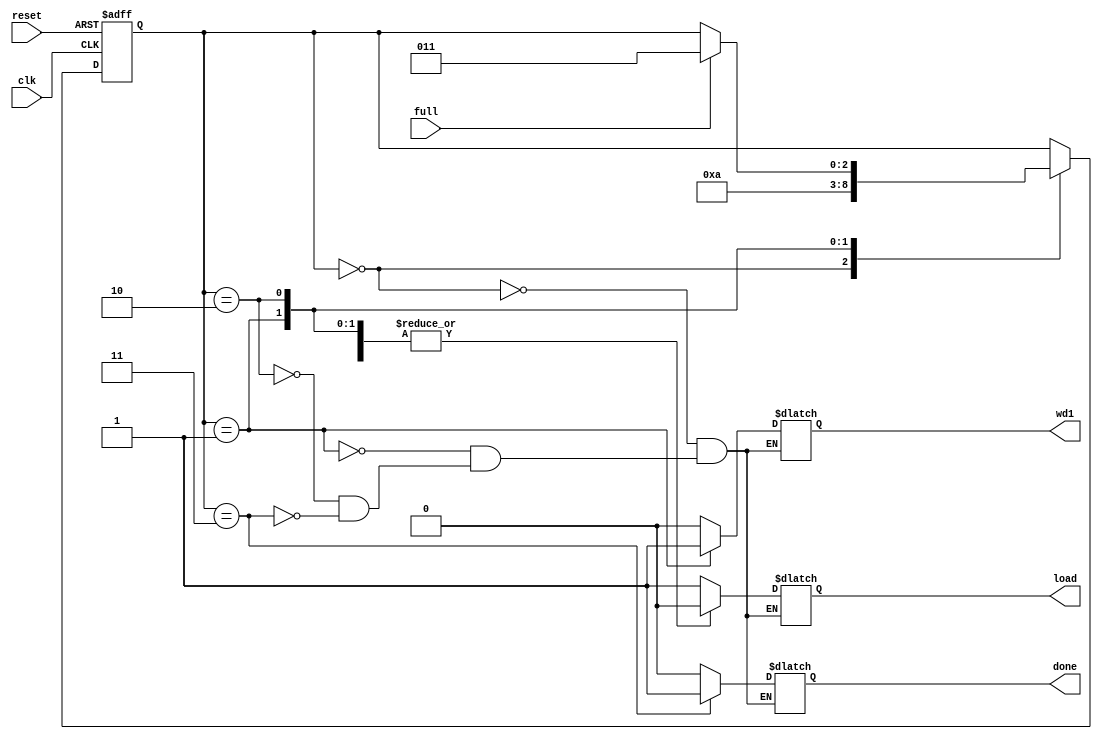
module sortFsm (input clk, input reset, input full, output reg wd1,output reg load, 
              output reg done);


reg [2:0] cs, ns;

always @ (posedge clk, posedge reset) begin
  if (reset) 
     cs <= 0;
  else 
     cs <= ns;
end

always @(*) begin
  ns = cs;
  
  case (cs)
     //START  
     2'b00 :  begin
        	$display ("START");
      		wd1=0;load=1;
		done=0;
         	ns = 2'b01; 

     end
     //PRE SET
     2'b01 : begin
         	$display ("working");
 		wd1=1;load=0;
		done=0;
		ns = 2'b10;
     end

     2'b10 : begin
         	$display ("working");
 		wd1=0;load=0;
		done=0;
		if (full)
		ns = 2'b11;
    
     end

     //STOP
     2'b11 : begin
         	$display ("STOP");
		wd1=0;
		load=0;
     		done=1;

     end

     default : begin
	$display ("default");
     end

  endcase
end
  

endmodule